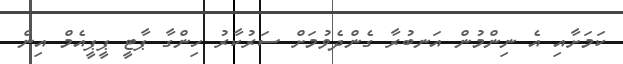
ކަމަށާއި އެ ނިންމުން އަނބުރާ ގެންދެވުމަށް ސަރުކާރު ހިންގާ ޕާޓީ ޕީޕީއެމް އިން